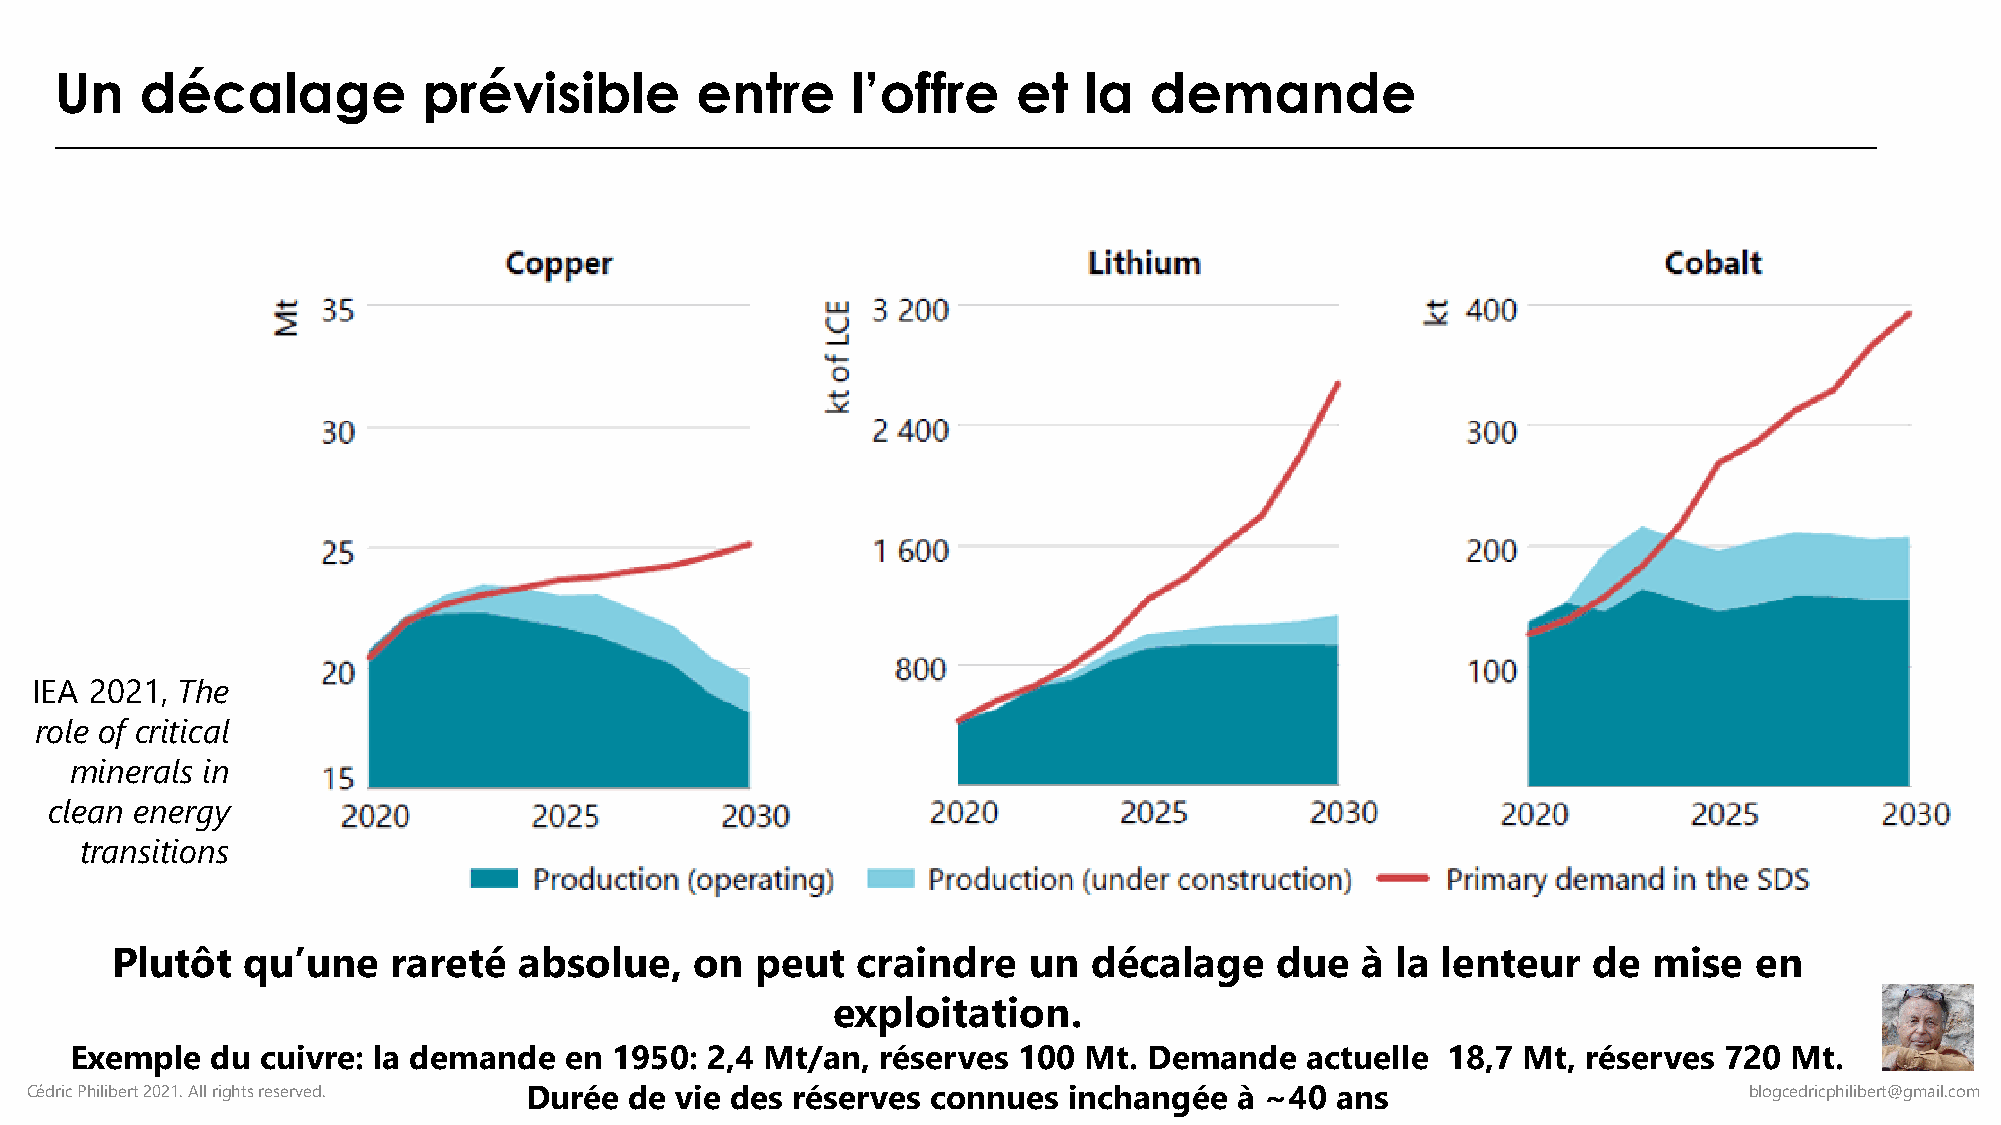
Un   décalage           prévisible        entre     l’offre    et   la  demande
 IEA 2021, The
 role of critical
 minerals in
 clean energy
 transitions
 Plutôt   qu’une    rareté  absolue,    on  peut   craindre   un  décalage    due   à la lenteur   de  mise   en
 exploitation.
 Exemple  du cuivre: la demande  en 1950:  2,4 Mt/an, réserves 100  Mt. Demande   actuelle  18,7 Mt, réserves 720 Mt.
 Cédric Philibert 2021. All rights reserved. Durée de vie des réserves connues inchangée à ~40 ans                 blogcedricphilibert@gmail.com